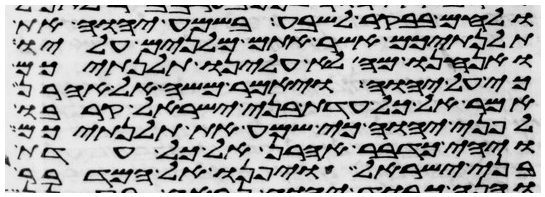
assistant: ולחם בבקר לשבע בשמע יהוה את
תלנתיכם אשר אתם מלנים עליו
ואנחנו מה לא עלינו תלנתיכם
כי על יהוה ויאמר משה אל אהרן
אמר אל כל עדת בני ישראל קרבו
לפני יהוה כי שמע את תלנתיכם
ויהי כדבר אהרן אל כל עדת
בני ישראל ויפנו אל המדבר